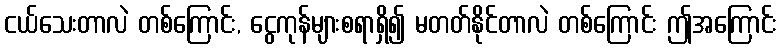
ငယ်သေးတာလဲ တစ်ကြောင်း, ငွေကုန်များစရာရှိ၍ မတတ်နိုင်တာလဲ တစ်ကြောင်း ဤအကြောင်း